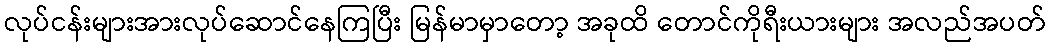
လုပ်ငန်းများအားလုပ်ဆောင်နေကြပြီး မြန်မာမှာတော့ အခုထိ တောင်ကိုရီးယားများ အလည်အပတ်